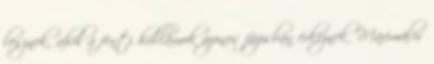
lesznek, ahol a fenti hullámok azonos fázisban érkeznek. Maximális